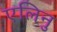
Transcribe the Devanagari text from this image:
एलिनु